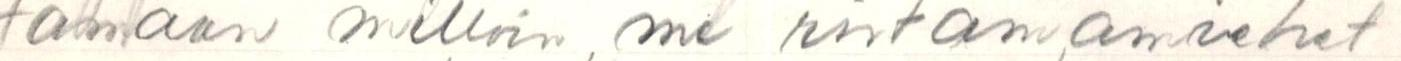
tamaan milloin, me rintamamiehet